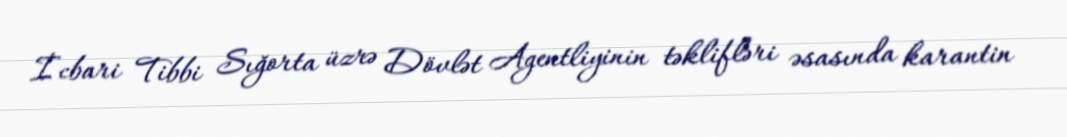
İcbari Tibbi Sığorta üzrə Dövlət Agentliyinin təklifləri əsasında karantin